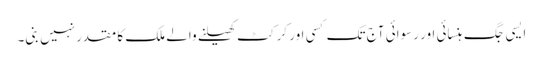
ایسی جگ ہنسائی اور رسوائی آج تک کسی اور کرکٹ کھیلنے والے ملک کا مقدر نہیں بنی۔